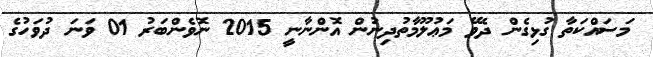
މަސައްކަތާ ގުޅިގެން ދެވޭ މަޢުލޫމާތުދިނުން އޮންނާނީ 2015 ނޮވެންބަރު 01 ވަނަ ދުވަހުގެ